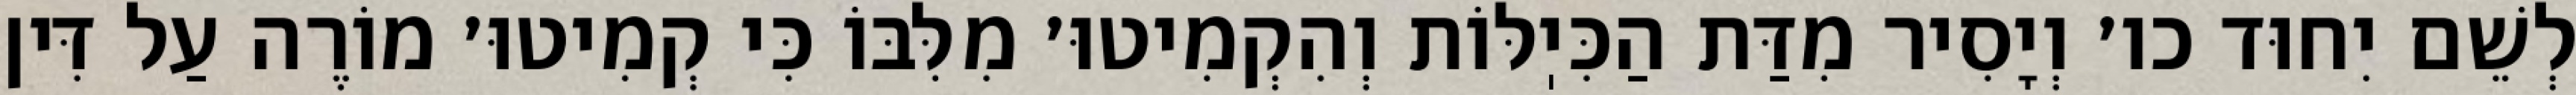
לְשֵׁם יִחוּד כו׳ וְיָסִיר מִדַּת הַכִּיֽלּוֹת וְהִקְמִיטוּ׳ מִלִּבּוֹ כִּי קְמִיטוּ׳ מוֹרֶה עַל דִּין